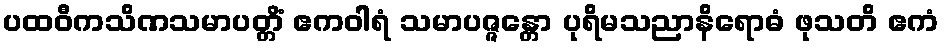
ပထဝီကသိဏသမာပတ္တိံ ဧကဝါရံ သမာပဇ္ဇန္တော ပုရိမသညာနိရောဓံ ဖုသတိ ဧကံ